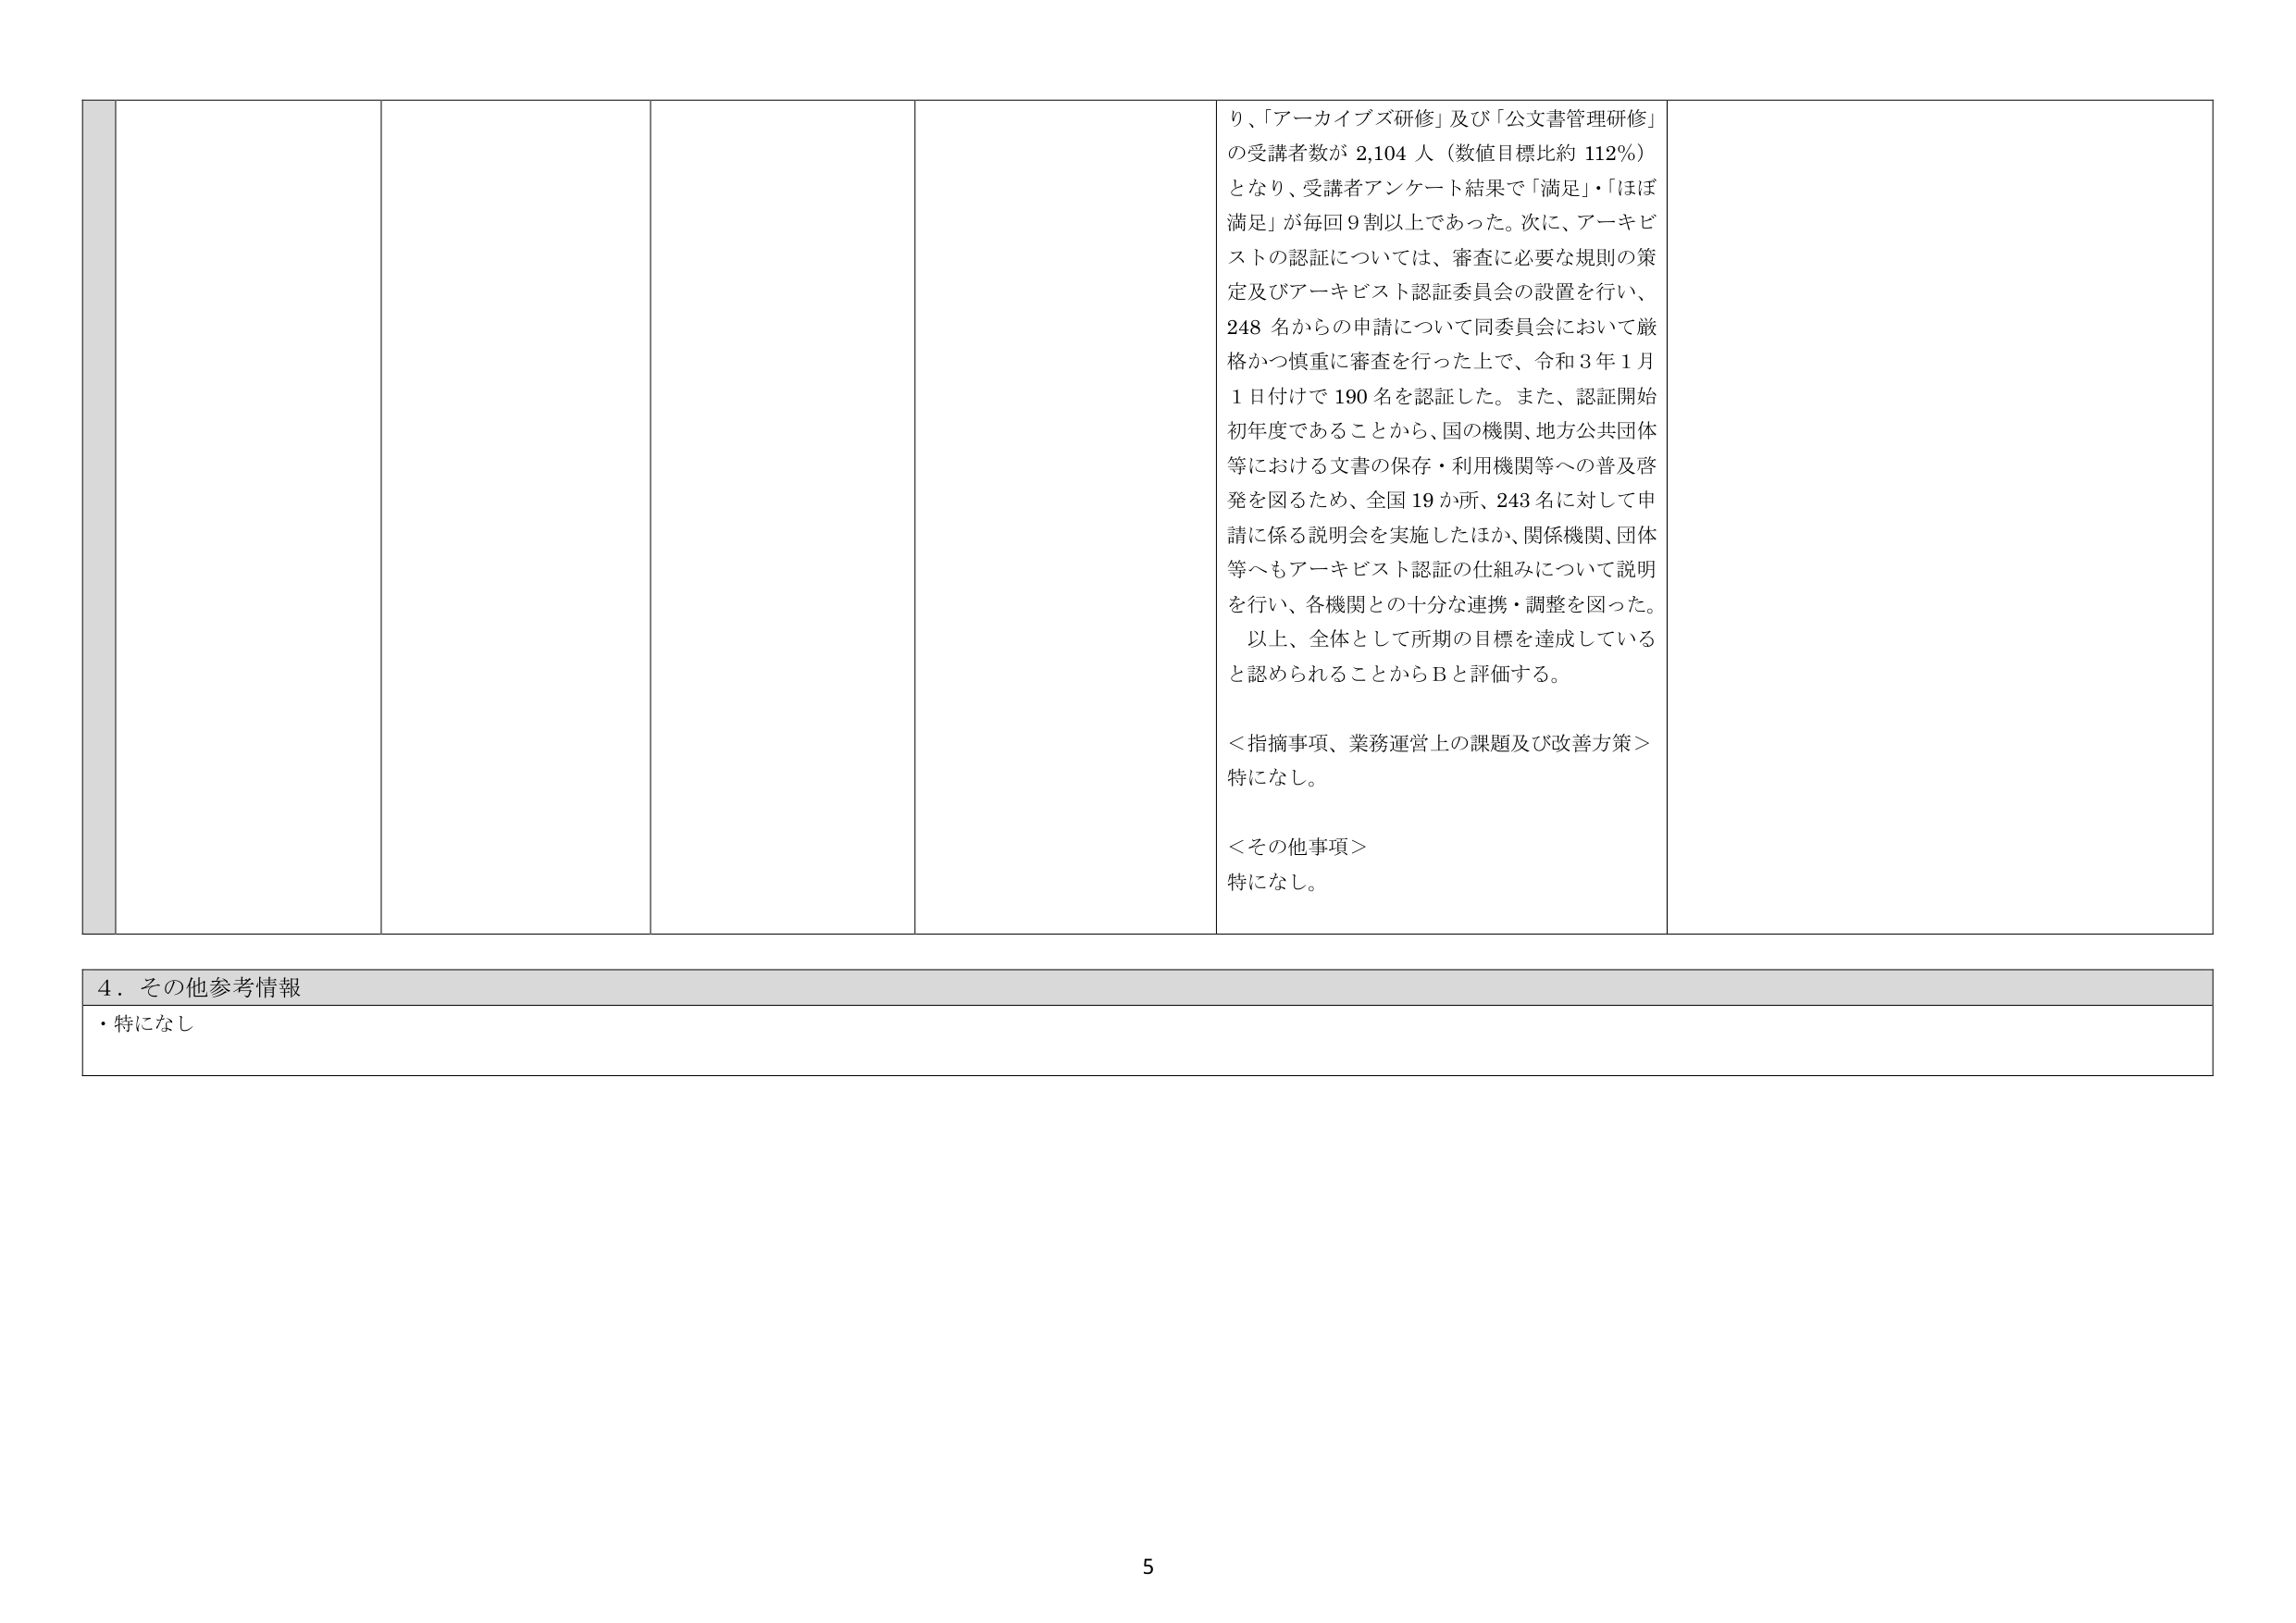
り、「アーカイブズ研修」及び「公文書管理研修」
の受講者数が 2,104 人（数値目標比約 112％）
となり、受講者アンケート結果で「満足」・「ほぼ
満足」が毎回 9 割以上であった。次に、アーキビ
ストの認証については、審査に必要な規則の策
定及びアーキビスト認証委員会の設置を行い、
248 名からの申請について同委員会において厳
格かつ慎重に審査を行った上で、令和 3 年 1 月
1 日付けで 190 名を認証した。また、認証開始
初年度であることから、国の機関、地方公共団体
等における文書の保存・利用機関等への普及啓
発を図るため、全国 19 か所、243 名に対して申
請に係る説明会を実施したほか、関係機関、団体
等へもアーキビスト認証の仕組みについて説明
を行い、各機関との十分な連携・調整を図った。
以上、全体として所期の目標を達成している
と認められることから B と評価する。

＜指摘事項、業務運営上の課題及び改善方策＞
特になし。

＜その他事項＞
特になし。

４．その他参考情報
・特になし

5